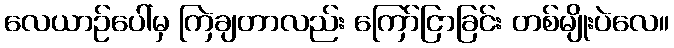
လေယာဉ်ပေါ်မှ ကြဲချတာလည်း ကြော်ငြာခြင်း တစ်မျိုးပဲလေ။